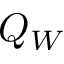
Q _ { W }